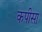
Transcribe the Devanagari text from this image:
कपीसा